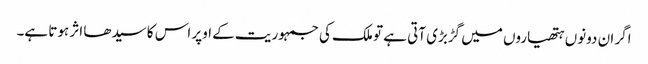
اگر ان دونوں ہتھیاروں میں گڑبڑی آتی ہے تو ملک کی جمہوریت کے اوپر اس کا سیدھا اثر ہوتا ہے۔